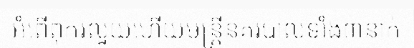
អំពើពុករលួយហើយមន្ត្រីនគរបាលទាំង៣នាក់